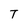
Character: T